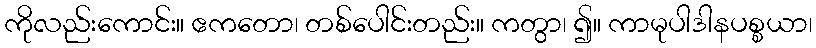
ကိုလည်းကောင်း။ ဧကတော၊ တစ်ပေါင်းတည်း။ ကတွာ၊ ၍။ ကာမုပါဒါနပစ္စယာ၊